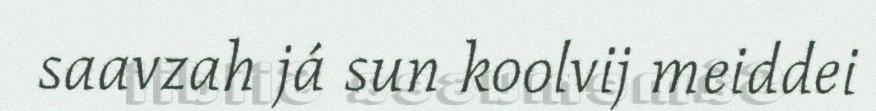
saavzah já sun koolvij meiddei